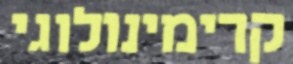
קרימינולוגי